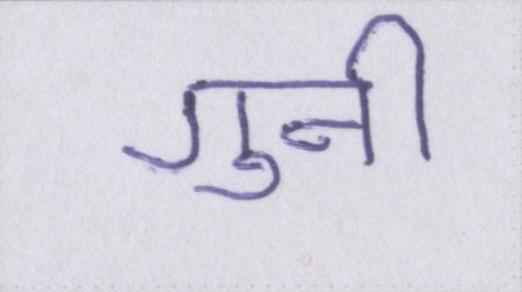
गुनी